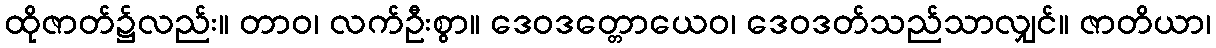
ထိုဇာတ်၌လည်း။ တာဝ၊ လက်ဦးစွာ။ ဒေဝဒတ္တောယေဝ၊ ဒေဝဒတ်သည်သာလျှင်။ ဇာတိယာ၊